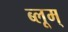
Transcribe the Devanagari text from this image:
ब्लूम्